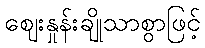
ဈေးနှုန်းချိုသာစွာဖြင့်